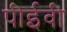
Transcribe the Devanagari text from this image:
पीईवी